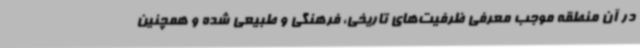
در آن منطقه موجب معرفی ظرفیت‌های تاریخی، فرهنگی و طبیعی شده و همچنین